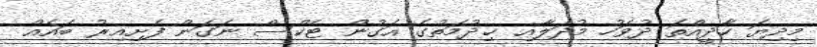
މިދިޔަ ހާދީއްތަ ދުވަހު މުދަލާއި ޚިދުމަތުގެ އަގުން ޓެކްސް ނަގަން ފެށިއިރު ބައެއް